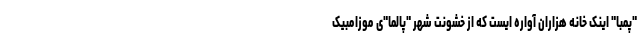
"پمبا" اینک خانه هزاران آواره ایست که از خشونت شهر "پالما"ی موزامبیک